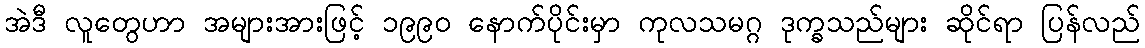
အဲဒီ လူတွေဟာ အများအားဖြင့် ၁၉၉၀ နောက်ပိုင်းမှာ ကုလသမဂ္ဂ ဒုက္ခသည်များ ဆိုင်ရာ ပြန်လည်